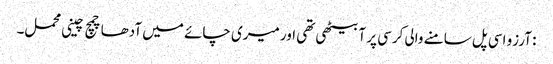
: آرزو اسی پل سامنے والی کرسی پر آ بیٹھی تھی اور میری چائے میں آدھا چمچ چینی محمل۔